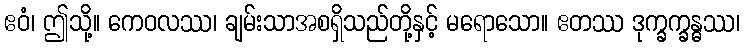
ဧဝံ၊ ဤသို့။ ကေဝလဿ၊ ချမ်းသာအစရှိသည်တို့နှင့် မရောသော။ ဧတဿ ဒုက္ခက္ခန္ဓဿ၊